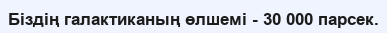
Біздің галактиканың өлшемі - 30 000 парсек.